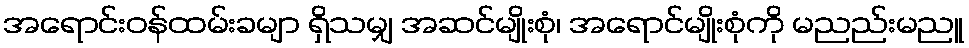
အရောင်းဝန်ထမ်းခမျာ ရှိသမျှ အဆင်မျိုးစုံ၊ အရောင်မျိုးစုံကို မညည်းမညူ